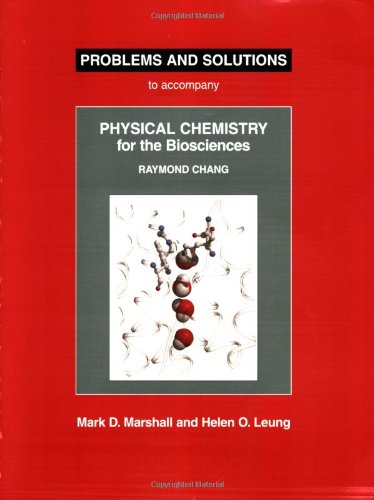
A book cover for Problems And Solutions: To Accompany Raymond Chang Physical Chemistry For The Biosciences; Mark Marshall; Science & Math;